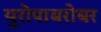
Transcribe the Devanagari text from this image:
युरोपाबरोबर